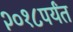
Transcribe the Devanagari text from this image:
२०१८पर्यंत